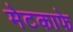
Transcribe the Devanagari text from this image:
मेटकाफे